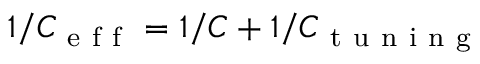
1 / C _ { \mathrm { ~ e ~ f ~ f ~ } } = 1 / C + 1 / C _ { \mathrm { ~ t ~ u ~ n ~ i ~ n ~ g ~ } }